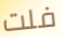
فلت